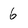
Character: 6